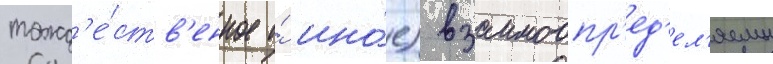
тожд'е́ств'енное и́ ино́е) взаимоопр'ед'ел'яемы